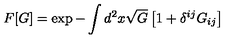
F [ G ] = \exp - \int d ^ { 2 } x \sqrt G \left[ 1 + \delta ^ { i j } G _ { i j } \right]